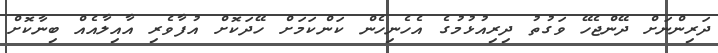
ދަރިންނަށް ދޭންޖެހޭ ވަގުތު ދިރިއުޅުމުގެ އެހެނިހެން ކަންކަމަށް ހޭދަކޮށް އުފާވެރި އާއިލާއެއް ބިނާކޮށް